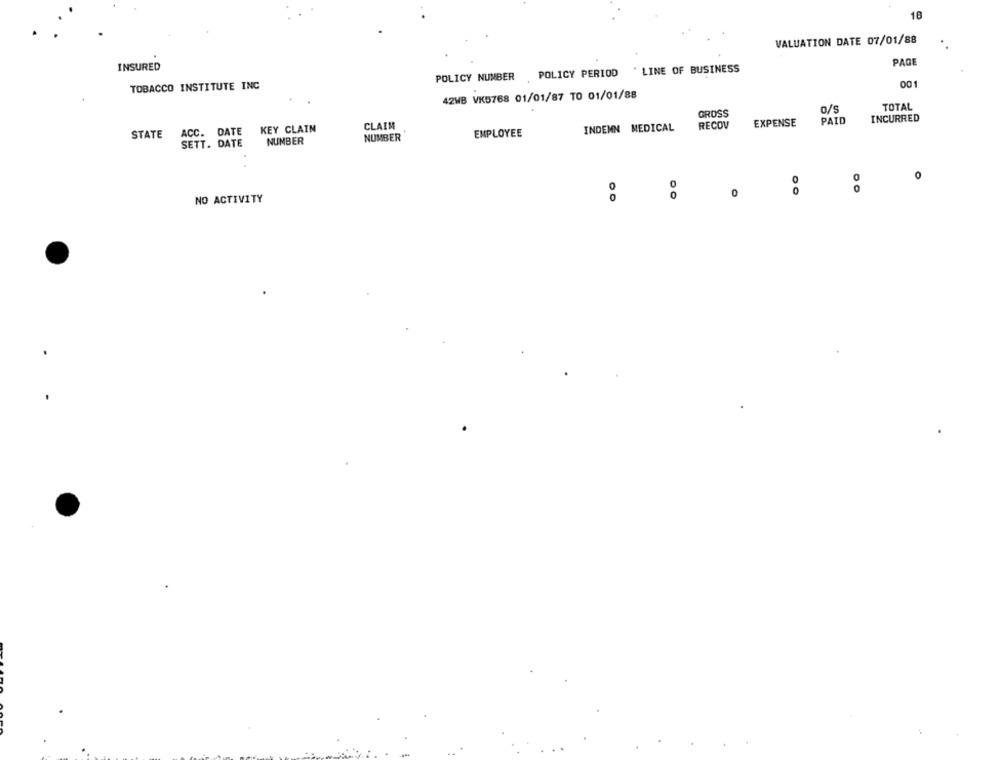
18
VALUATION DATE 07/01/88
PAGE
INSURED
* LINE OF BUSINESS
POLICY NUMBER POLICY PERIOD
001
TOBACCO INSTITUTE INC
42MB VK5768 01/01/87 TO 01/01/88
TOTAL
GROSS
0/s
EXPENSE
PAID
INCURRED
KEY CLAIN
CLAIM
INDEMN MEDICAL
RECOV
STATE
ACC. DATE
NUMBER
EMPLOYEE
SETT. DATE
NUMBER
0
0
0
0
NO ACTIVITY